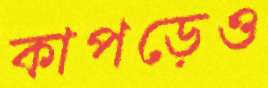
কাপড়েও